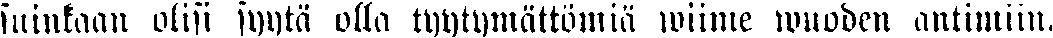
suinkaan olisi syytä olla tyytymättömiä wiime wuoden antimiin.